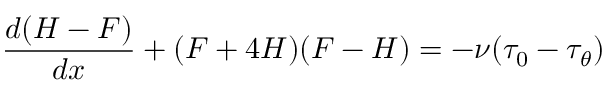
\frac { d ( H - F ) } { d x } + ( F + 4 H ) ( F - H ) = - \nu ( \tau _ { 0 } - \tau _ { \theta } )